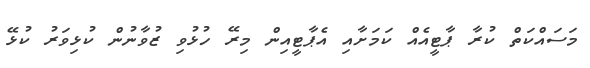
މަސައްކަތް ކުރާ ޕާޓީއެއް ކަމަށާއި އެޕާޓީއިން މިރޭ ހުޅުވި ޒުވާނުން ކުޅިވަރު ކުޅޭ